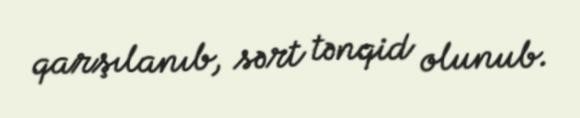
qarşılanıb, sərt tənqid olunub.